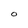
Character: O